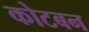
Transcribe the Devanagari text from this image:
कोटबन